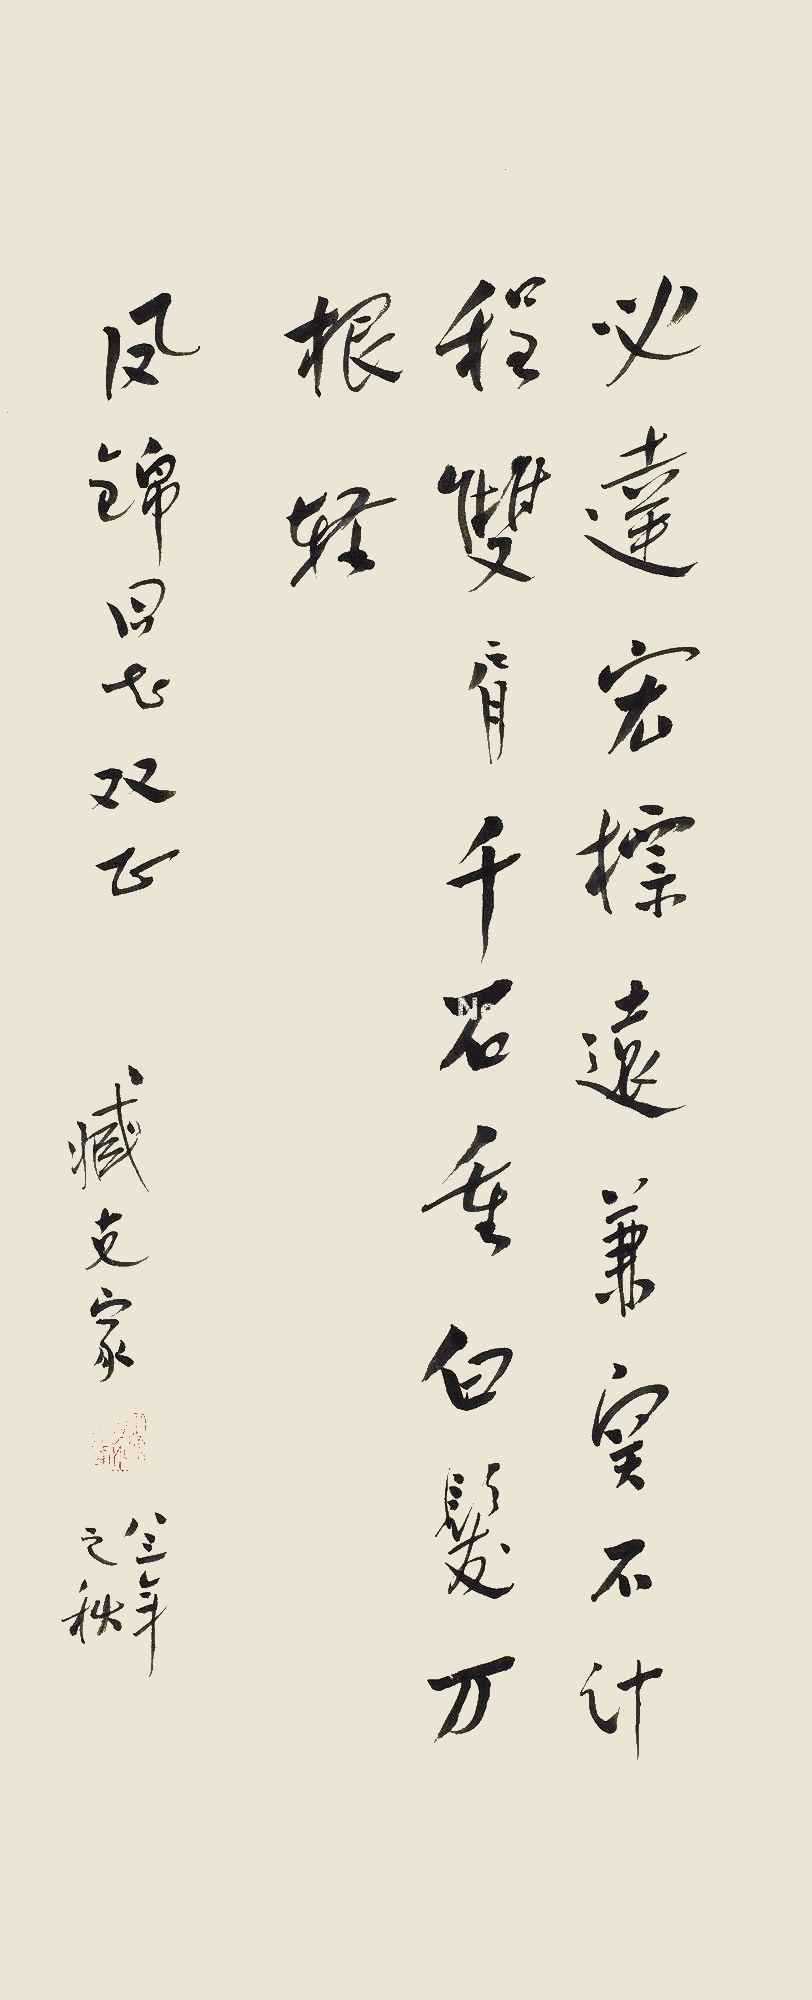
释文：必达宏标远，间关不计程。双肩千石重，白发万根轻。凤锦同志双正，臧克家。八三年之秋。